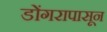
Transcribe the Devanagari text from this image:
डोंगरापासून